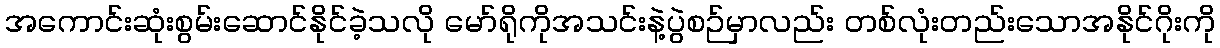
အကောင်းဆုံးစွမ်းဆောင်နိုင်ခဲ့သလို မော်ရိုကိုအသင်းနဲ့ပွဲစဉ်မှာလည်း တစ်လုံးတည်းသောအနိုင်ဂိုးကို